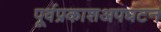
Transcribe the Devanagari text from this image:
पूर्वप्रकाशअपघटन